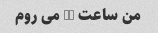
من ساعت 10 می روم